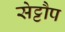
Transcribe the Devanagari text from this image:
सेट्टौप